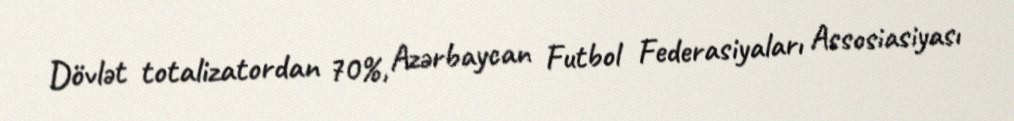
Dövlət totalizatordan 70%, Azərbaycan Futbol Federasiyaları Assosiasiyası